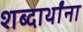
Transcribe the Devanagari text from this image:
शब्दार्थांना